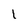
Character: l